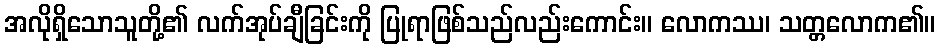
အလိုရှိသောသူတို့၏ လက်အုပ်ချီခြင်းကို ပြုရာဖြစ်သည်လည်းကောင်း။ လောကဿ၊ သတ္တလောက၏။